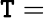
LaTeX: {\boldsymbol{\mathtt{T}}}=